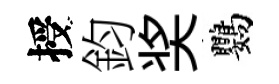
授鈞奖鸚